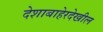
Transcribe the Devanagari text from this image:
देशाबाहेरदेखील